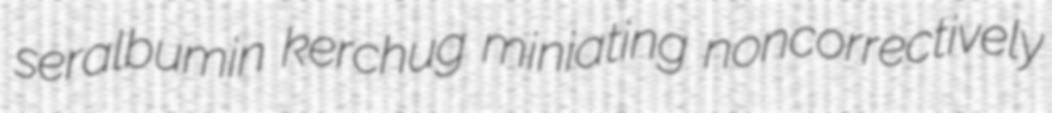
seralbumin kerchug miniating noncorrectively